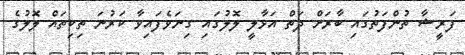
ފަރީޝާ ތުންފަތުގައި ބާރަށް ދަތް އަޅާލީ ލޮލުގައި ގިނަވެފައިވާ ކަރުނަ ތިކިތައް ލޮލުގެ